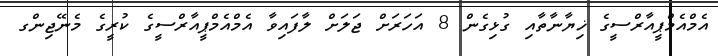
އެމްއެމްޕީއާރްސީގެ ޚިޔާނާތާއި ގުޅިގެން 8 އަހަރަށް ޖަލަށް ލާފައިވާ އެމްއެމްޕީއާރްސީގެ ކުރީގެ މެނޭޖިންގ